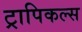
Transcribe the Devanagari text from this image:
ट्रापिकल्स